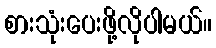
စားသုံးပေးဖို့လိုပါမယ်။